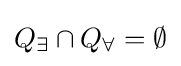
Q_{\exists }\cap Q_{\forall }=\emptyset